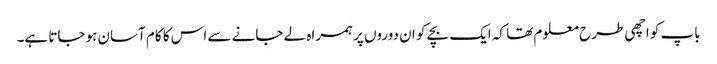
باپ کو اچھی طرح معلوم تھا کہ ایک بچے کو ان دوروں پر ہمراہ لے جانے سے اس کا کام آسان ہوجاتا ہے۔